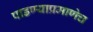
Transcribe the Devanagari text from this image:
पाडण्याप्रमाणेच